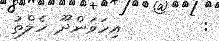
:        އިހަވަންދޫ ހެލްތު